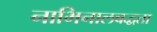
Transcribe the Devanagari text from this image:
नाभिनालबद्धता